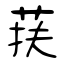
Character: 荴